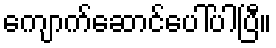
ကျောက်ဆောင်ပေါ်ပါပြီ။